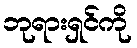
ဘုရားရှင်ကို